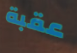
عقبة